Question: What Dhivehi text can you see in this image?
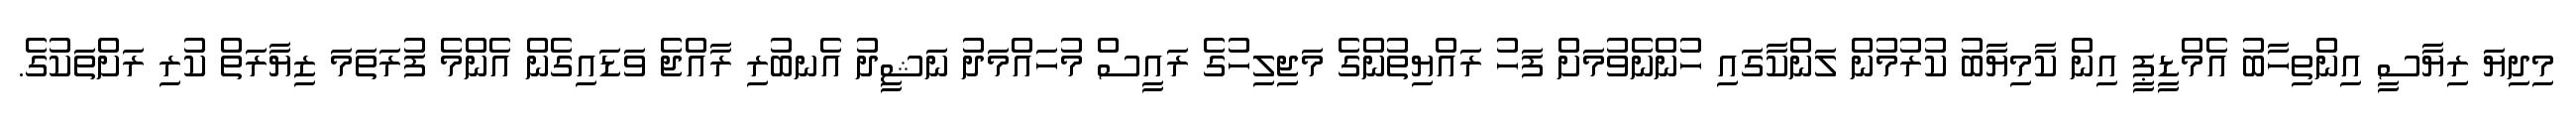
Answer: މިދިޔަ ރިޔާސީ އިންތިހާބު އެމްޑީޕީ އިން ކާމިޔާބު ކުރުމުން ލަންކާގައި ހުންނެވުމަށް ފަހު ރައްޔިތުންގެ މަޖިލިހުގެ ރައީސް މުހައްމަދު ނަޝީދު އެނބުރި ރާއްޖެ ވަޑައިގެން އެންމެ ފުރަތަމަ ޒިޔާރަތް ކުރި ރަށްތަކުގެ.